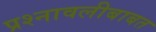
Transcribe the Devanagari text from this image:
प्रश्नावलीबाबत